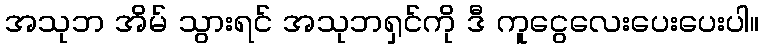
အသုဘ အိမ် သွားရင် အသုဘရှင်ကို ဒီ ကူငွေလေးပေးပေးပါ။